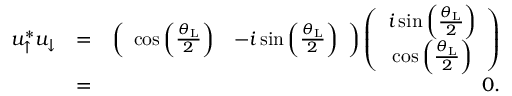
\begin{array} { r l r } { u _ { \uparrow } ^ { * } u _ { \downarrow } } & { = } & { \left( \begin{array} { c c } { \cos \left( \frac { \theta _ { \mathrm { L } } } { 2 } \right) } & { - i \sin \left( \frac { \theta _ { \mathrm { L } } } { 2 } \right) } \end{array} \right) \left( \begin{array} { c c } { i \sin \left( \frac { \theta _ { \mathrm { L } } } { 2 } \right) } \\ { \cos \left( \frac { \theta _ { \mathrm { L } } } { 2 } \right) } \end{array} \right) } \\ & { = } & { 0 . } \end{array}